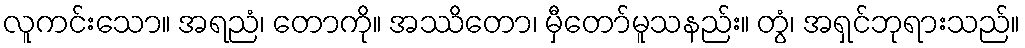
လူကင်းသော။ အရညံ၊ တောကို။ အဿိတော၊ မှီတော်မူသနည်း။ တွံ၊ အရှင်ဘုရားသည်။